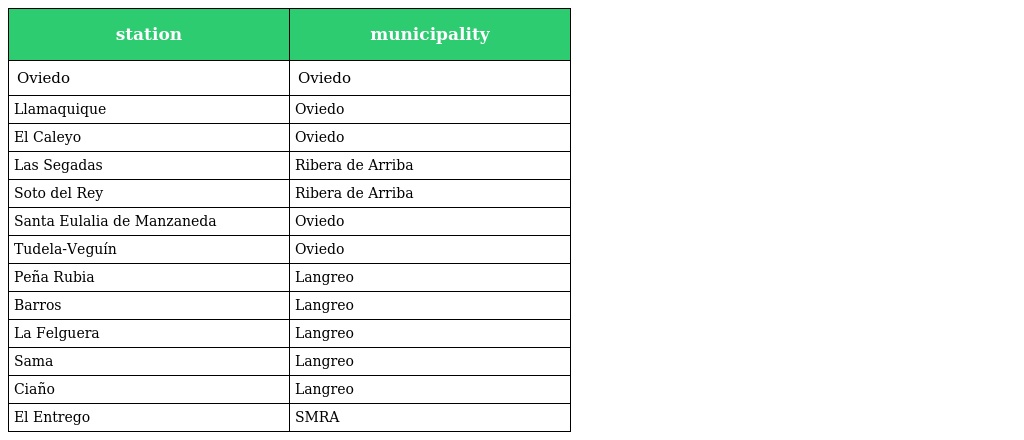
| station | municipality |
 | --- | --- |
 | Oviedo | Oviedo |
 | Llamaquique | Oviedo |
 | El Caleyo | Oviedo |
 | Las Segadas | Ribera de Arriba |
 | Soto del Rey | Ribera de Arriba |
 | Santa Eulalia de Manzaneda | Oviedo |
 | Tudela-Veguín | Oviedo |
 | Peña Rubia | Langreo |
 | Barros | Langreo |
 | La Felguera | Langreo |
 | Sama | Langreo |
 | Ciaño | Langreo |
 | El Entrego | SMRA |